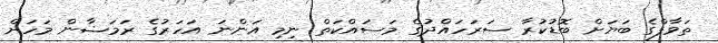
ތަވާފްގެ ބަޔަށް ބޮޑުކުރާ ސަރަހައްދުގެ މަސައްކަތް ނިމި އަންނަ އަހަރުގެ ރަމަޟާން މަހަށް